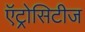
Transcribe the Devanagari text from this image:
ऍट्रोसिटीज